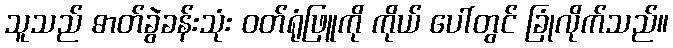
သူသည် ဓာတ်ခွဲခန်းသုံး ဝတ်ရုံဖြူကို ကိုယ် ပေါ်တွင် ခြုံလိုက်သည်။